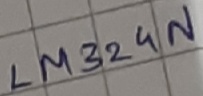
Text: LM324N